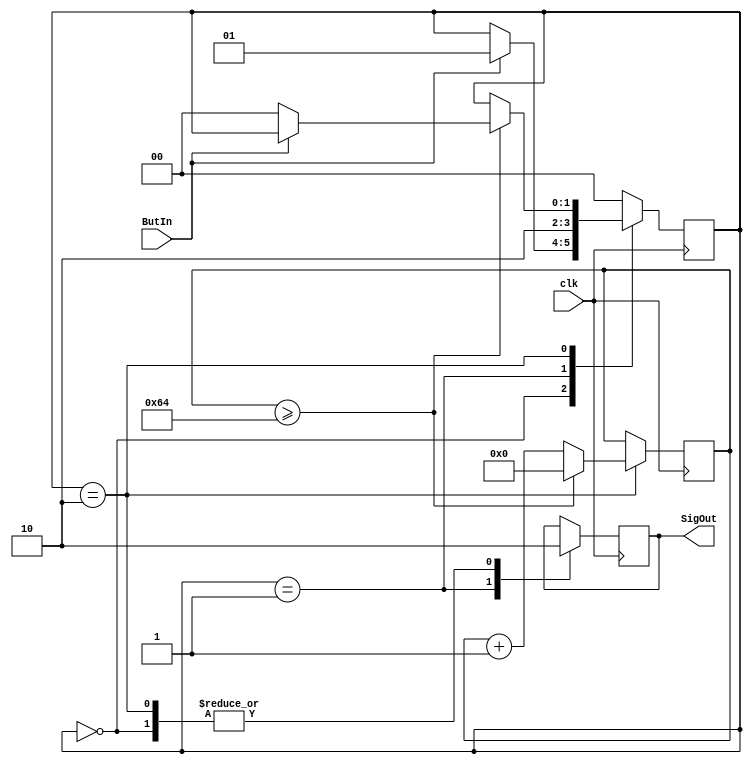
module ButtonDebounce(
    input clk,
    input ButIn,
    output SigOut
    );
	 
	 reg [1:0] state = 0;
	 reg [9:0] count = 0;
	 reg	out = 0;
	 
	 always @ (posedge clk)
	 begin
		case(state)
			0:begin
				out <= 0;
				if (ButIn)
				begin
					state <= 1;
				end
			end
			1:
			begin
				out <= 1;
				state <= 2;
			end
			2: begin
				out <= 0;
				count <= count + 1;
				if (count >= 100)
				begin
					count <= 0;
					if(~ButIn)
					begin
						state <= 0;
					end
				end
			end
			default: state <= 0;
			endcase
	 end
	 
	 assign SigOut = out;


endmodule